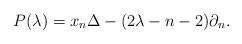
LaTeX: \begin{align*} P(\lambda)=x_n\Delta -(2\lambda-n-2)\partial_n. \end{align*}